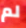
لم